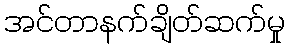
အင်တာနက်ချိတ်ဆက်မှု